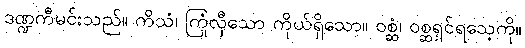
ဒဏ္ဍကီမင်းသည်။ ကိသံ၊ ကြုံလှီသော ကိုယ်ရှိသော။ ဝစ္ဆံ၊ ဝစ္ဆရှင်ရသေ့ကို။